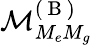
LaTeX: \mathcal{M}_{M_{e}M_{g}}^{(\mathrm{~B~})}